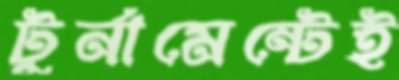
টুর্নামেন্টেই